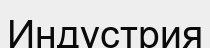
Индустрия